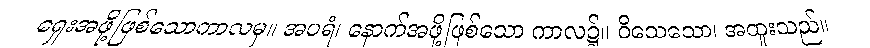
ရှေးအဖို့ဖြစ်သောကာလမှ။ အပရံ၊ နောက်အဖို့ဖြစ်သော ကာလ၌။ ဝိသေသော၊ အထူးသည်။